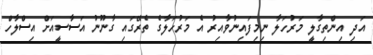
އަދި އިންތިގާލީ މަރުހަލާ ނިމިފައިނުވާއިރު އެ މަރުހަލާގެ ތެރޭގައި ގާނޫނު އަސާސީއަށް އިސްލާހް